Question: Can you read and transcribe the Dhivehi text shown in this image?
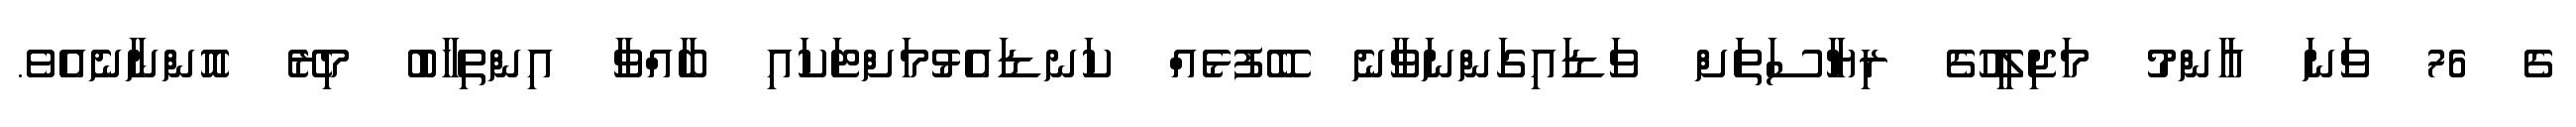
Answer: ގެ 76 ވަނަ ޢާންމު މަޖިލީހުގެ ރިޔާސަތަށް ވަޑައިގަންނަވާނެ ބޭފުޅެއް ކަނޑައެޅުމަށްޓަކައި ބާއްވާ އިންތިޚާބު މިރޭ އޮންނާނެއެވެ.